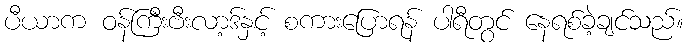
ပီယာက ဝန်ကြီးဗီးလာ့ဒ်နှင့် စကားပြောရန် ပါရီတွင် နေရစ်ခဲ့ချင်သည်။